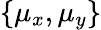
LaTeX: \{ \mu_{x},\mu_{y}\}